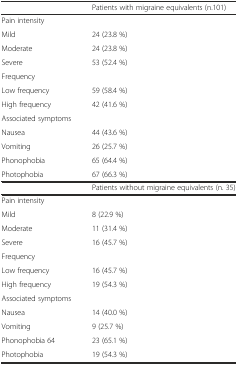
|  | Patients with migraine equivalents (n.101) |
 | --- | --- |
 | Pain intensity |  |
 | Mild | 24 (23.8 %) |
 | Moderate | 24 (23.8 %) |
 | Severe | 53 (52.4 %) |
 | Frequency |  |
 | Low frequency | 59 (58.4 %) |
 | High frequency | 42 (41.6 %) |
 | Associated symptoms |  |
 | Nausea | 44 (43.6 %) |
 | Vomiting | 26 (25.7 %) |
 | Phonophobia | 65 (64.4 %) |
 | Photophobia | 67 (66.3 %) |
 |  | Patients without migraine equivalents (n. 35) |
 | Pain intensity |  |
 | Mild | 8 (22.9 %) |
 | Moderate | 11 (31.4 %) |
 | Severe | 16 (45.7 %) |
 | Frequency |  |
 | Low frequency | 16 (45.7 %) |
 | High frequency | 19 (54.3 %) |
 | Associated symptoms |  |
 | Nausea | 14 (40.0 %) |
 | Vomiting | 9 (25.7 %) |
 | Phonophobia 64 | 23 (65.1 %) |
 | Photophobia | 19 (54.3 %) |